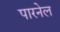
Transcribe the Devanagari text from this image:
पारनेल